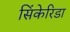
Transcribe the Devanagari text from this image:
सिंकेरिडा